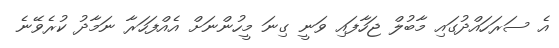
އެ ސަރަހައްދުގައި މާބުލް ޖަހާފައި ވަނީ ގިނަ މީހުންނަށް އެއްފަހަރާ ނަމާދު ކުރެވޭނެ